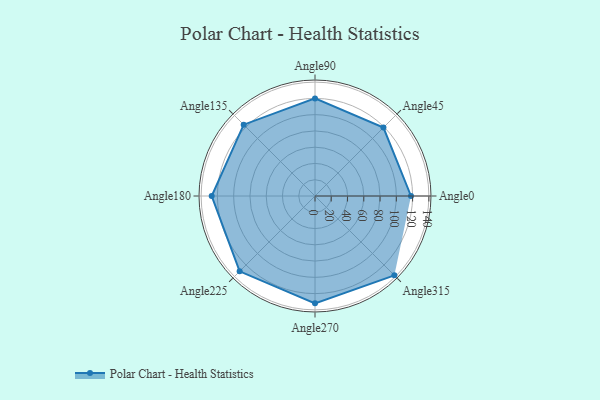
{"axis": {"x": "Angle", "y": "Radius"}, "legend": [""], "data": [{"x": "Angle0", "y": 118.0, "type": ""}, {"x": "Angle45", "y": 119.0, "type": ""}, {"x": "Angle90", "y": 120.0, "type": ""}, {"x": "Angle135", "y": 124.0, "type": ""}, {"x": "Angle180", "y": 127.0, "type": ""}, {"x": "Angle225", "y": 131.0, "type": ""}, {"x": "Angle270", "y": 132.0, "type": ""}, {"x": "Angle315", "y": 138.0, "type": ""}]}